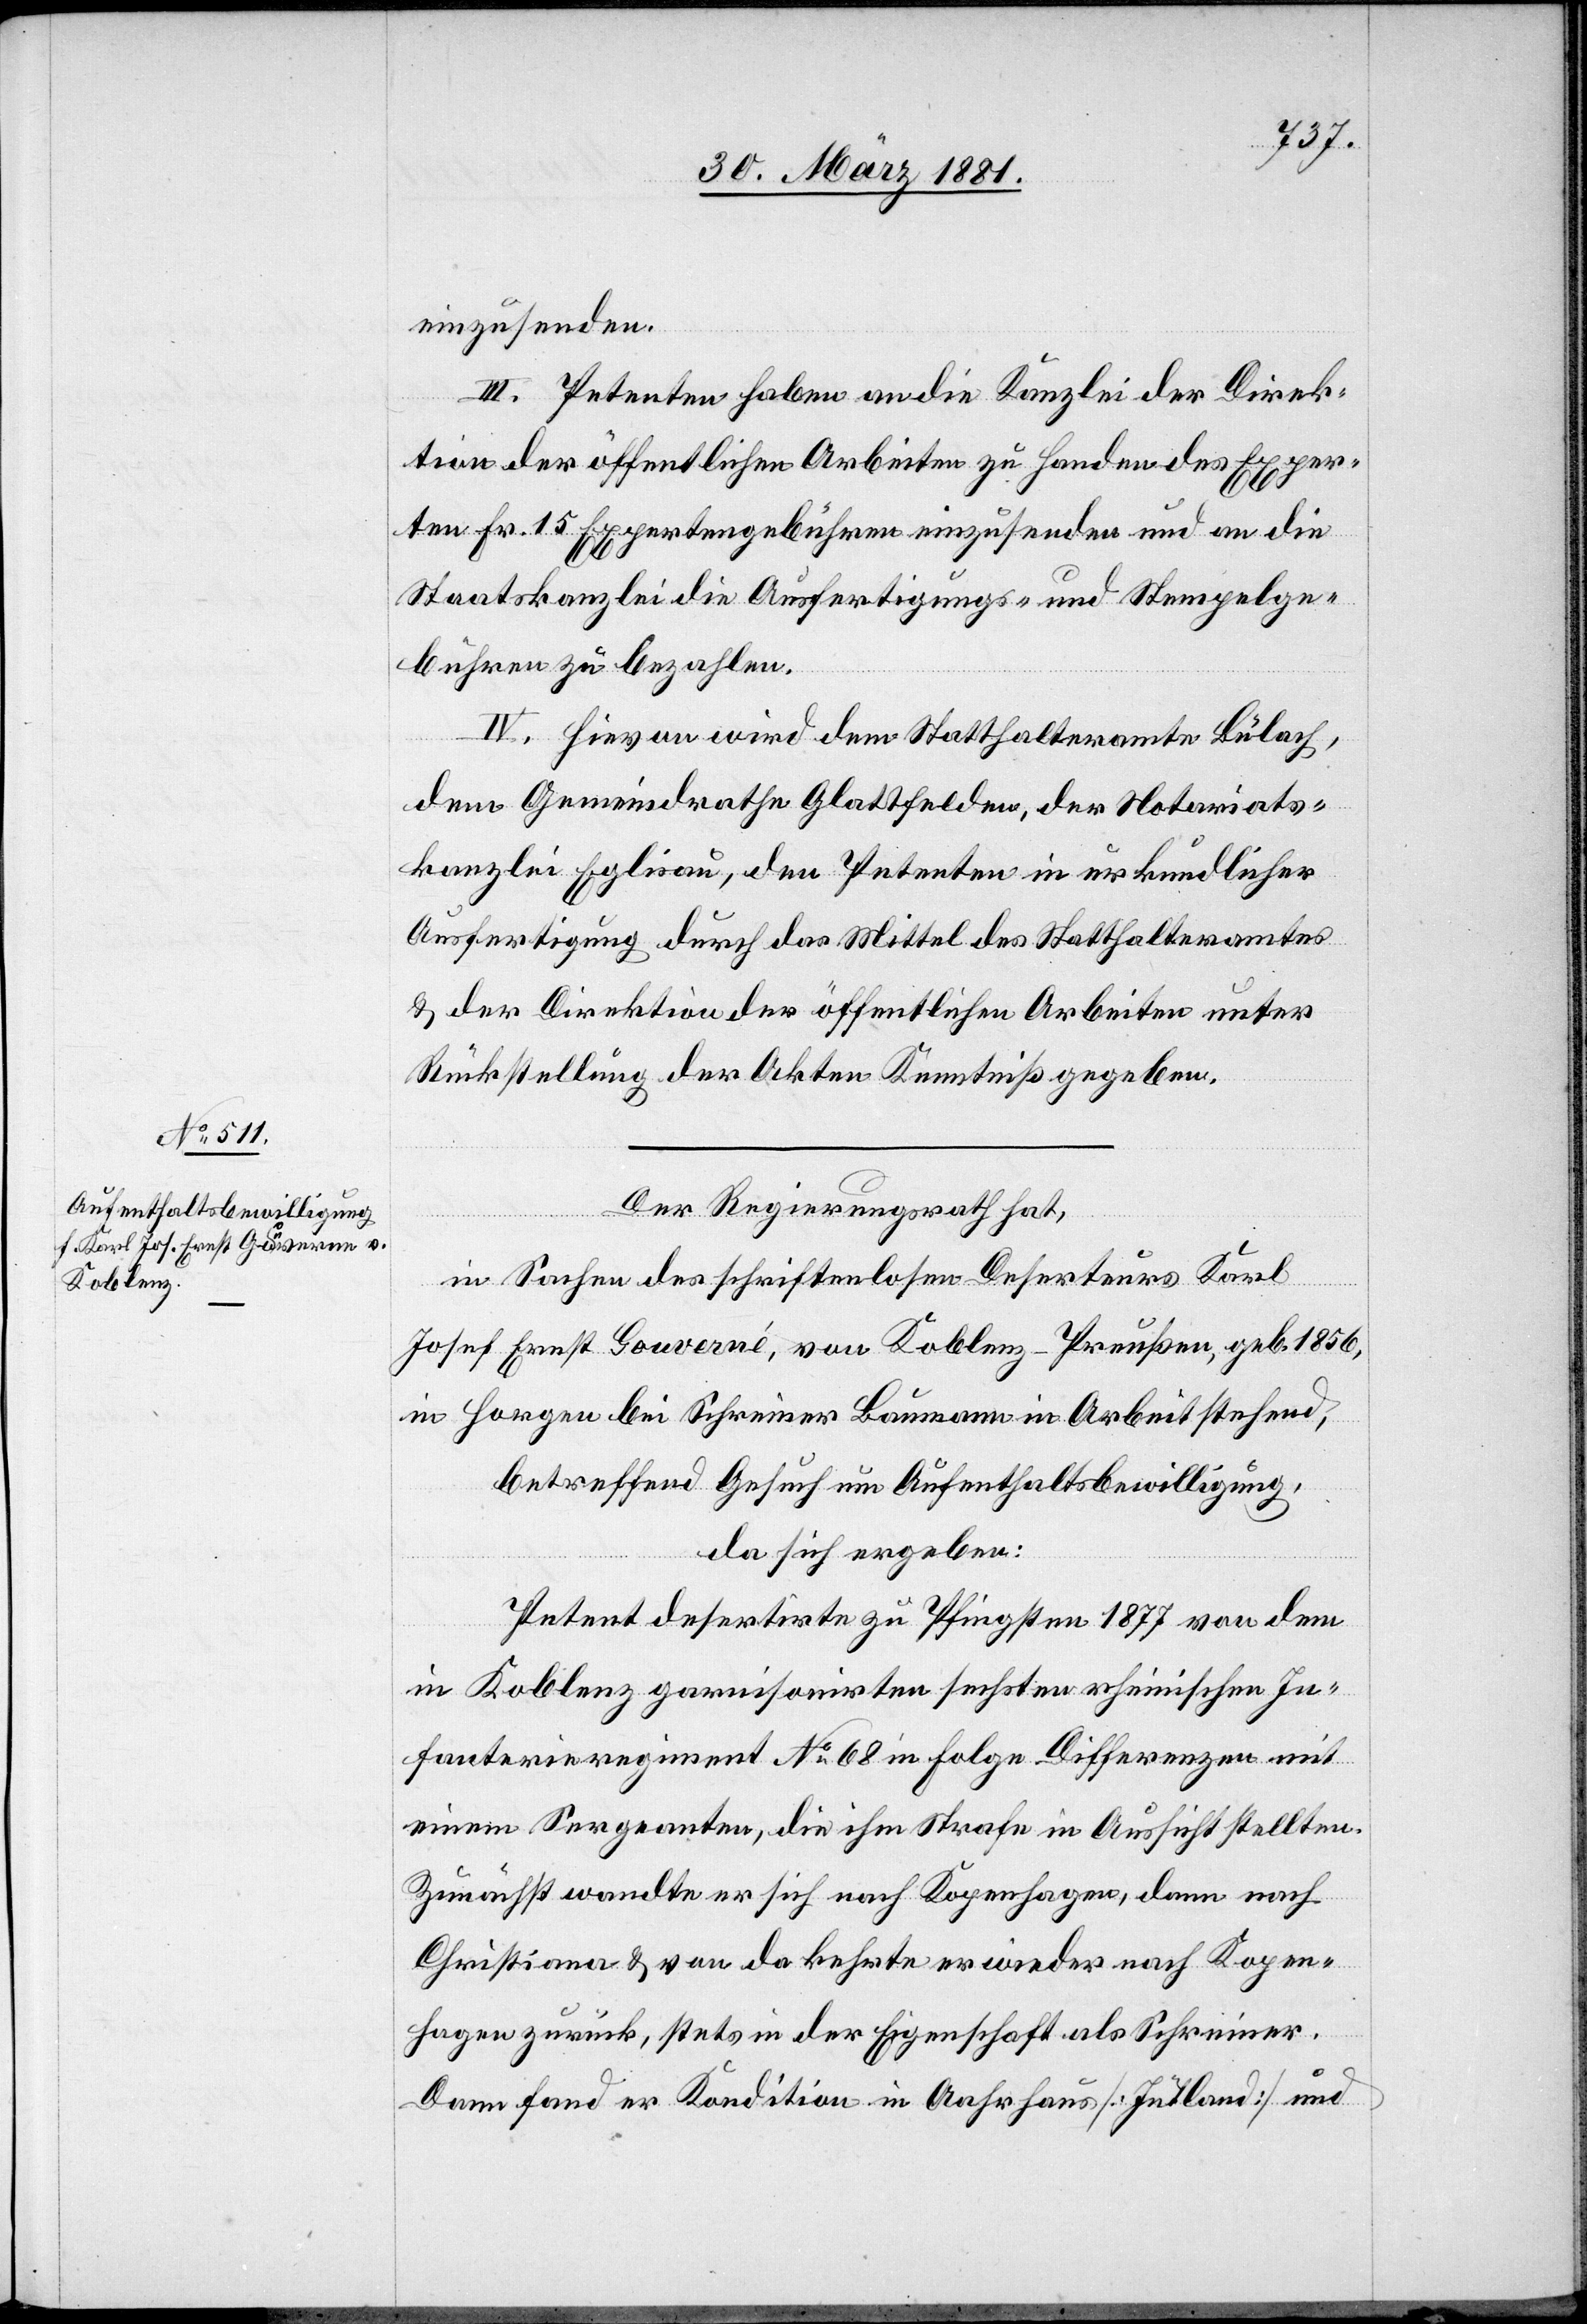
einzusenden.
III. Petenten haben an die Kanzlei der Direk¬
tion der öffentlichen Arbeiten zu Handen des Exper¬
ten Fr. 15 Expertengebühren einzusenden und an die
Staatskanzlei die Ausfertigungs- und Stempelge¬
bühren zu bezahlen.
IV. Hievon wird dem Statthalteramte Bülach,
dem Gemeindrathe Glattfelden, der Notariats¬
kanzlei Eglisau, den Petenten in urkundlicher
Ausfertigung durch das Mittel des Statthalteramtes
& der Direktion der öffentlichen Arbeiten unter
Rückstellung der Akten Kenntniß gegeben.
Der Regierungsrath hat,
in Sachen des schriftenlosen Deserteurs Karl
Josef Ernst Gouverné [sic!], von Koblenz - Preußen, geb. 1856,
in Horgen bei Schreiner Baumann in Arbeit stehend,
betreffend Gesuch um Aufenthaltsbewilligung,
da sich ergeben:
Petent desertirte zu Pfingsten 1877 von dem
in Koblenz garnisonisirten sechsten rheinischen In¬
fanterieregiment No 68 in Folge Differenzen mit
einem Sergeanten, die ihm Strafe in Aussicht stellten.
Zunächst wandte er sich nach Kopenhagen, dann nach
Christiana & von da kehrte er wieder nach Kopen¬
hagen zurück, stets in der Eigenschaft als Schreiner.
Dann fand er Kondition in Aahrhaus [Jütland] und